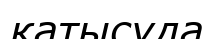
қатысуда